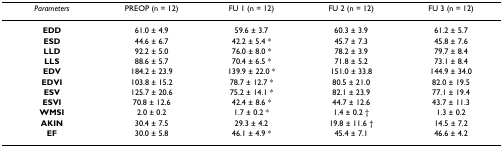
| Parameters | PREOP (n = 12) | FU 1 (n = 12) | FU 2 (n = 12) | FU 3 (n = 12) |
 | --- | --- | --- | --- | --- |
 | EDD | 61.0 ± 4.9 | 59.6 ± 3.7 | 60.3 ± 3.9 | 61.2 ± 5.7 |
 | ESD | 44.6 ± 6.7 | 42.2 ± 5.4 * | 45.7 ± 7.3 | 45.8 ± 7.6 |
 | LLD | 92.2 ± 5.0 | 76.0 ± 8.0 * | 78.2 ± 3.9 | 79.7 ± 8.4 |
 | LLS | 88.6 ± 5.7 | 70.4 ± 6.5 * | 71.8 ± 5.2 | 73.1 ± 8.4 |
 | EDV | 184.2 ± 23.9 | 139.9 ± 22.0 * | 151.0 ± 33.8 | 144.9 ± 34.0 |
 | EDVI | 103.8 ± 15.2 | 78.7 ± 12.7 * | 80.5 ± 21.0 | 82.0 ± 19.5 |
 | ESV | 125.7 ± 20.6 | 75.2 ± 14.1 * | 82.1 ± 23.9 | 77.1 ± 19.4 |
 | ESVI | 70.8 ± 12.6 | 42.4 ± 8.6 * | 44.7 ± 12.6 | 43.7 ± 11.3 |
 | WMSI | 2.0 ± 0.2 | 1.7 ± 0.2 * | 1.4 ± 0.2 † | 1.3 ± 0.2 |
 | AKIN | 30.4 ± 7.5 | 29.3 ± 4.2 | 19.8 ± 11.6 † | 14.5 ± 7.2 |
 | EF | 30.0 ± 5.8 | 46.1 ± 4.9 * | 45.4 ± 7.1 | 46.6 ± 4.2 |